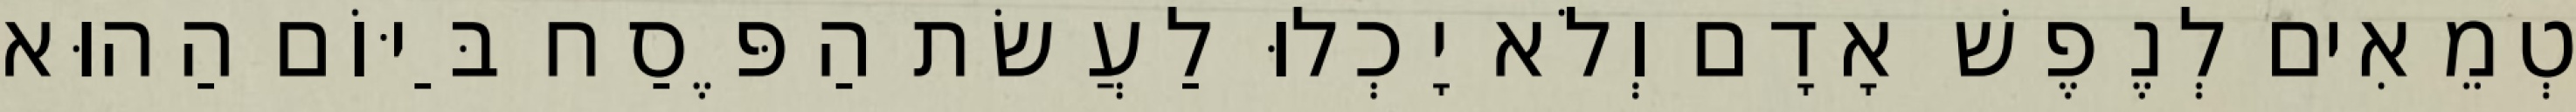
טְמֵאִים לְנֶפֶשׁ אָדָם וְלֹא יָכְלוּ לַעֲשׂת הַפֶּסַח בַּיּוֹם הַהוּא